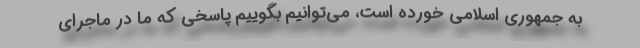
به جمهوری اسلامی خورده است، می‌توانیم بگوییم پاسخی که ما در ماجرای